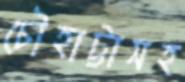
চৌহাট্টাসহ